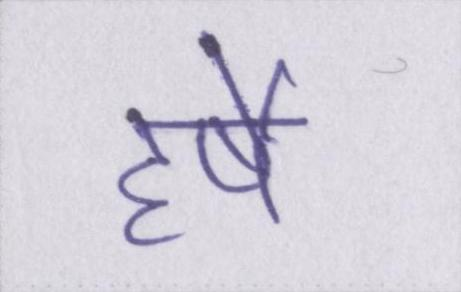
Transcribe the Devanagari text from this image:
हर्षे